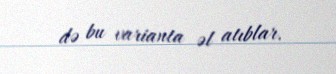
də bu varianta əl atıblar.